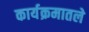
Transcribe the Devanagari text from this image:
कार्यक्रमातले